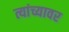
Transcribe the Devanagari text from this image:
त्यांच्यावर